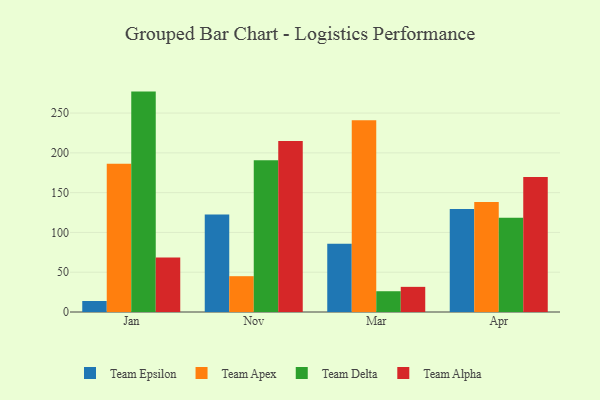
{"axis": {"x": "Month", "y": "Shipments"}, "legend": ["Team Alpha", "Team Apex", "Team Delta", "Team Epsilon"], "data": [{"x": "Jan", "y": 13.8, "type": "Team Epsilon"}, {"x": "Jan", "y": 186.4, "type": "Team Apex"}, {"x": "Jan", "y": 277.0, "type": "Team Delta"}, {"x": "Jan", "y": 68.4, "type": "Team Alpha"}, {"x": "Nov", "y": 122.6, "type": "Team Epsilon"}, {"x": "Nov", "y": 45.0, "type": "Team Apex"}, {"x": "Nov", "y": 190.7, "type": "Team Delta"}, {"x": "Nov", "y": 215.0, "type": "Team Alpha"}, {"x": "Mar", "y": 85.7, "type": "Team Epsilon"}, {"x": "Mar", "y": 241.0, "type": "Team Apex"}, {"x": "Mar", "y": 26.1, "type": "Team Delta"}, {"x": "Mar", "y": 31.6, "type": "Team Alpha"}, {"x": "Apr", "y": 129.6, "type": "Team Epsilon"}, {"x": "Apr", "y": 138.3, "type": "Team Apex"}, {"x": "Apr", "y": 118.6, "type": "Team Delta"}, {"x": "Apr", "y": 169.8, "type": "Team Alpha"}]}